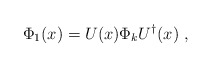
\begin{align*}\Phi_1 (x) = U(x) \Phi_k U^\dagger (x) \ ,\end{align*}